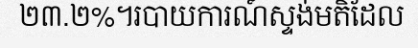
២៣.២%។របាយការណ៍ស្ទង់មតិដែល